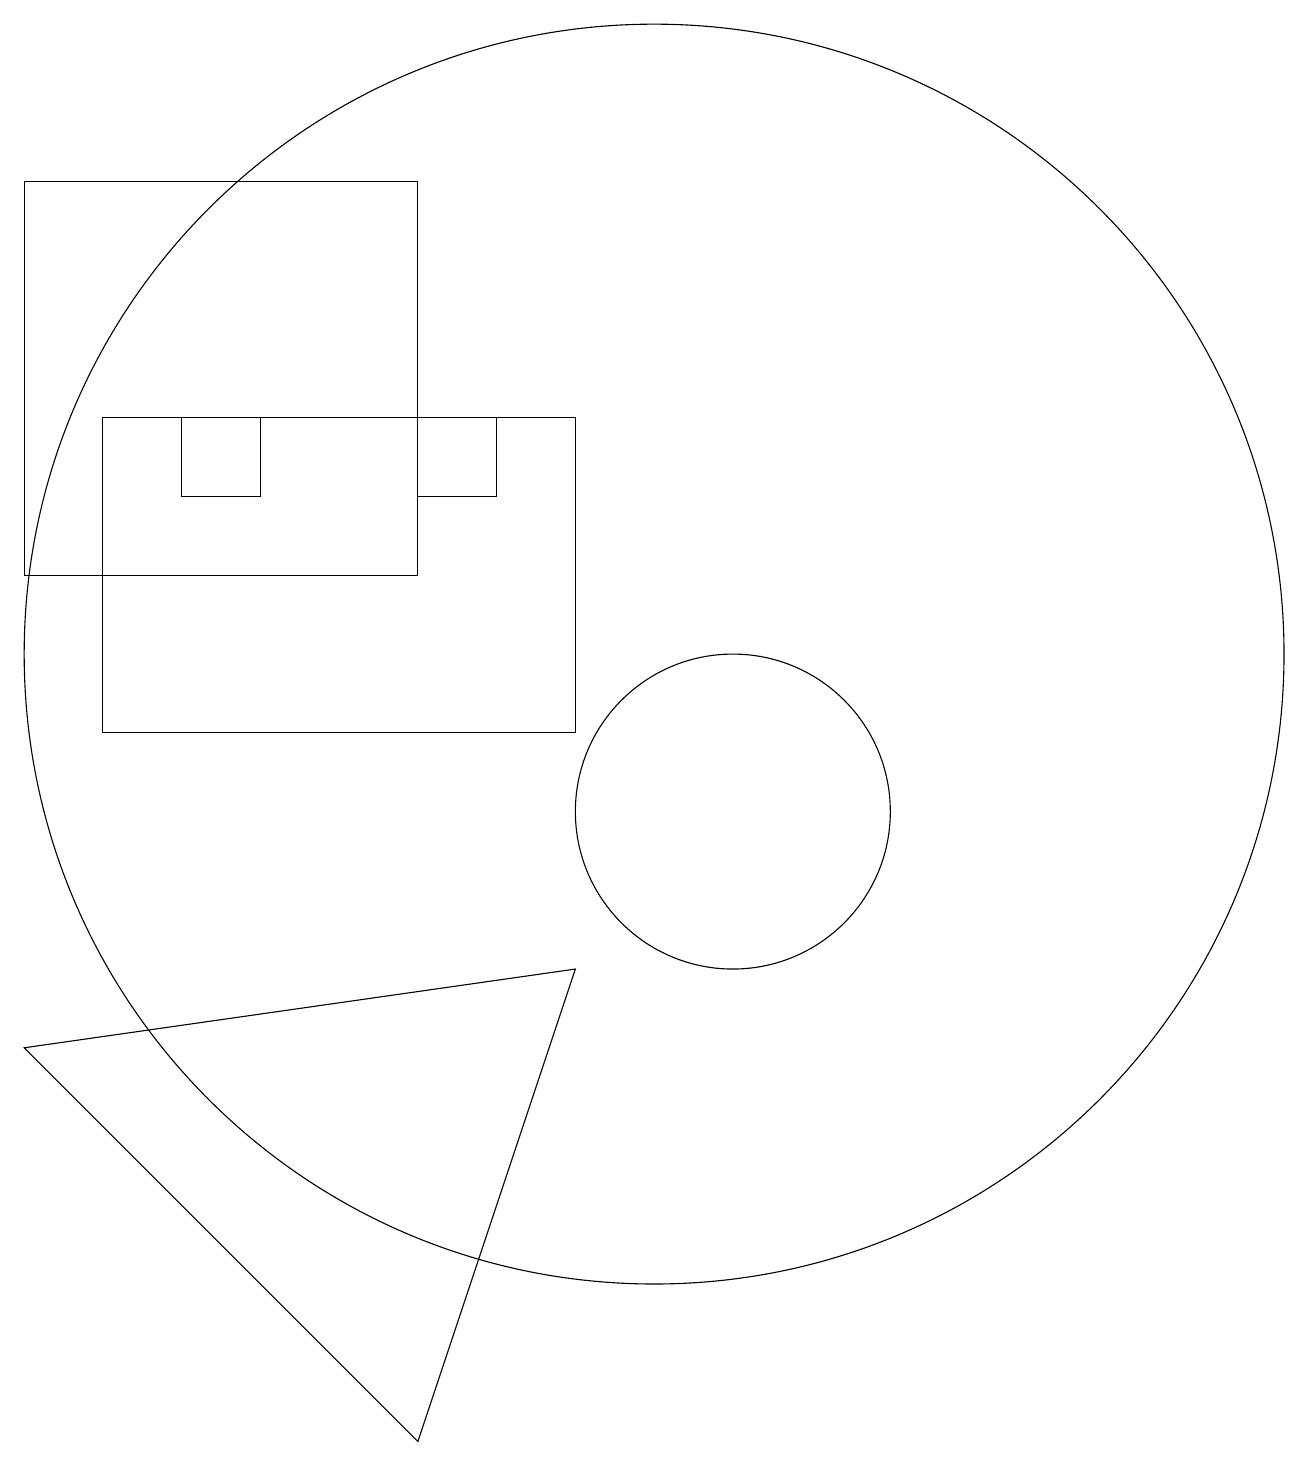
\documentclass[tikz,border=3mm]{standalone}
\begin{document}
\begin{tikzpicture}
\draw (9,8) -- (2,7) -- (7,2) -- cycle;
\draw (5,14) rectangle (4,15);
\draw (10,12) circle (8);
\draw (7,13) rectangle (2,18);
\draw (7,14) rectangle (8,15);
\draw (3,15) rectangle (9,11);
\draw (11,10) circle (2);
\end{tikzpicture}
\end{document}